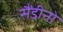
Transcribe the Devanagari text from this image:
सैंडीनो